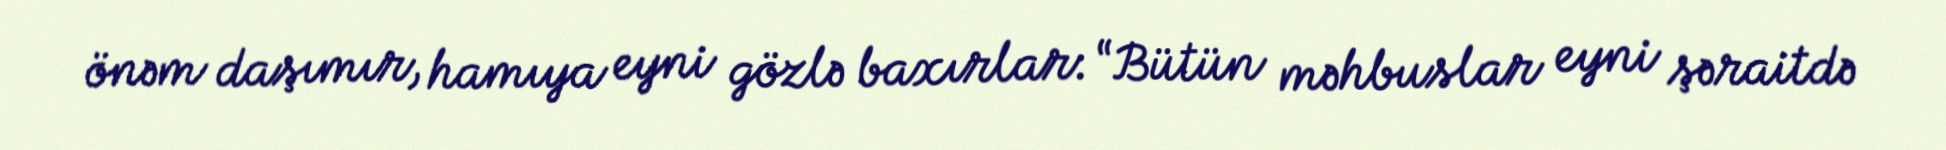
önəm daşımır, hamıya eyni gözlə baxırlar: “Bütün məhbuslar eyni şəraitdə